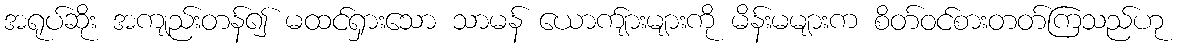
အရုပ်ဆိုး အကျည်းတန်၍ မထင်ရှားသော သာမန် ယောက်ျားများကို မိန်းမများက စိတ်ဝင်စားတတ်ကြသည်ဟု